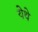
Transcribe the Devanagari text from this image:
येेथे